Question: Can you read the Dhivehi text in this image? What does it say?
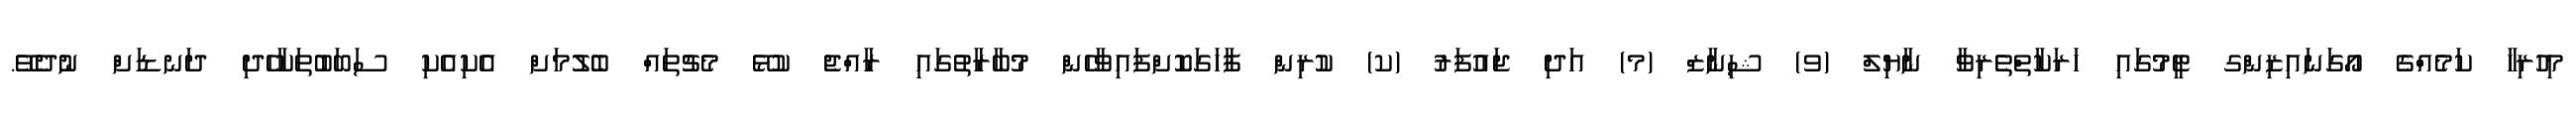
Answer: މިހުރިހާ ކަމެއްގެ އޯގަނައިޒިންގ ޓީމުގައި ހަރަކާތްތެރިވާ ނާޔިލް (ވ) ޝިނާޒް (މ) އަދި ޖައުފަރު (ކ) ކުރިން ފާހަގަކޮށްފައިވާހެން މުބާރާތުގައި ރާއްޖެ ކުޅޭ މެޗުތައް ބެލުމަށް އެކިއެކި ސަބަބުތަކާހެދި ދަނޑަށް ނުދެވޭ.